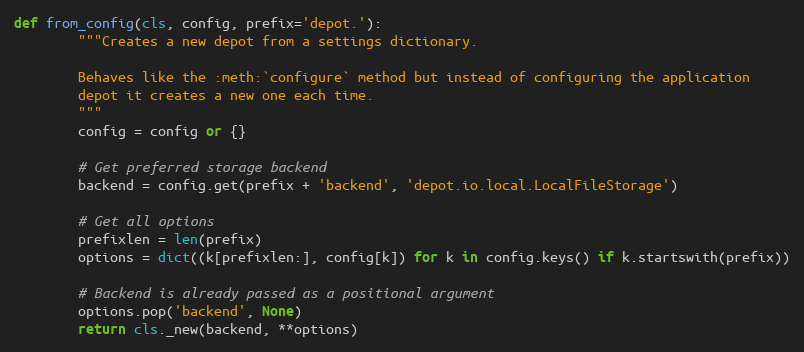
Language: Python
def from_config(cls, config, prefix='depot.'):
        """Creates a new depot from a settings dictionary.

        Behaves like the :meth:`configure` method but instead of configuring the application
        depot it creates a new one each time.
        """
        config = config or {}

        # Get preferred storage backend
        backend = config.get(prefix + 'backend', 'depot.io.local.LocalFileStorage')

        # Get all options
        prefixlen = len(prefix)
        options = dict((k[prefixlen:], config[k]) for k in config.keys() if k.startswith(prefix))

        # Backend is already passed as a positional argument
        options.pop('backend', None)
        return cls._new(backend, **options)